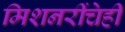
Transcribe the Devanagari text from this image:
मिशनरींचेही